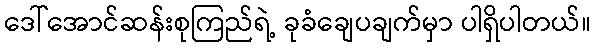
ဒေါ်အောင်ဆန်းစုကြည်ရဲ့ ခုခံချေပချက်မှာ ပါရှိပါတယ်။